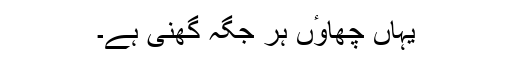
یہاں چھاوٴں ہر جگہ گھنی ہے۔